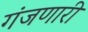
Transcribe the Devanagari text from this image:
गंजणारी